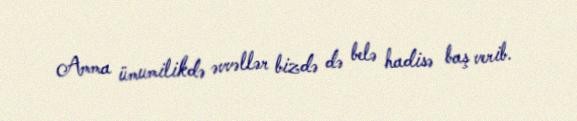
Amma ümumilikdə əvvəllər bizdə də belə hadisə baş verib.